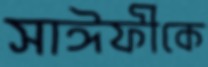
সাঈফীকে